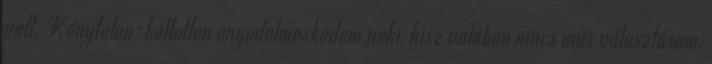
volt. Kénytelen-kelletlen engedelmeskedem neki, hisz valóban nincs más választásom.